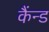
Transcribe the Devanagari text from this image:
कैंन्ड